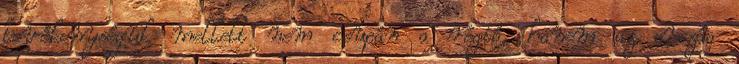
tevékenységük mellett nem csupán a régió, hanem az ország